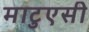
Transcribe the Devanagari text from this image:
माटुएसी